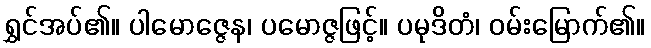
ရွှင်အပ်၏။ ပါမောဇ္ဇေန၊ ပမောဇ္ဇဖြင့်။ ပမုဒိတံ၊ ဝမ်းမြောက်၏။